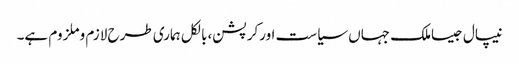
نیپال جیساملک جہاں سیاست اورکرپشن،بالکل ہماری طرح لازم وملزوم ہے۔